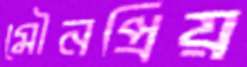
মৌনপ্রিয়